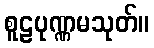
စူဠပုဏ္ဏမသုတ်။